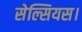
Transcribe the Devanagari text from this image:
सेल्सियस।